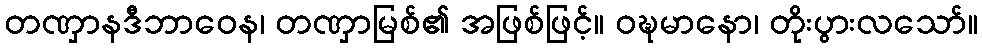
တဏှာနဒီဘာဝေန၊ တဏှာမြစ်၏ အဖြစ်ဖြင့်။ ဝဍ္ဎမာနော၊ တိုးပွားလသော်။